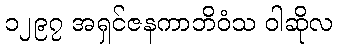
၁၂၉၇ အရှင်ဇနကာဘိဝံသ ဝါဆိုလ